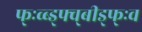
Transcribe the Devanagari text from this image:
फ्ःव्ब्ड्फ्व्बीड्फ्ःव